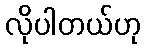
လိုပါတယ်ဟု